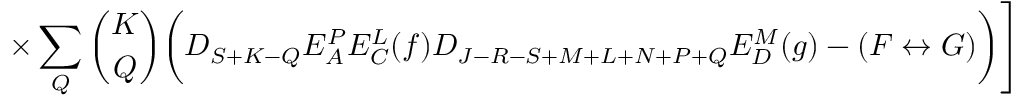
\times \sum _ { Q } { \binom { K } { Q } } \biggl ( D _ { S + K - Q } E _ { A } ^ { P } E _ { C } ^ { L } ( f ) D _ { J - R - S + M + L + N + P + Q } E _ { D } ^ { M } ( g ) - ( F \leftrightarrow G ) \biggr ) \Biggr ]